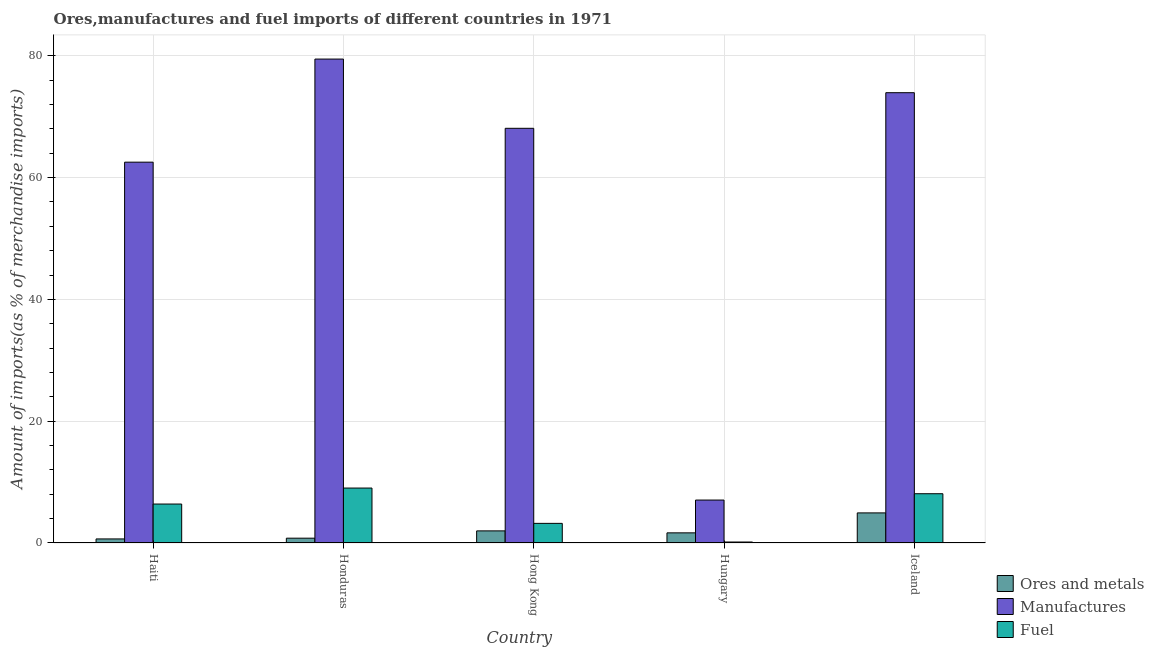
| Country | Ores and metals | Manufactures | Fuel |
 | --- | --- | --- | --- |
 | Haiti | 0.667 | 62.5 | 6.4 |
 | Honduras | 0.789 | 79.5 | 9.02 |
 | Hong Kong | 1.99 | 68.1 | 3.22 |
 | Hungary | 1.66 | 7.05 | 0.161 |
 | Iceland | 4.94 | 73.9 | 8.09 |